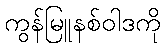
ကွန်မြူနစ်ဝါဒကို